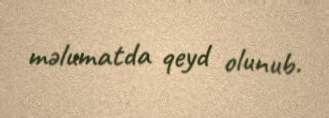
məlumatda qeyd olunub.